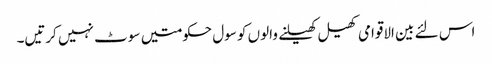
اس لئے بین الاقوامی کھیل کھیلنے والوں کو سول حکومتیں سوٹ نہیں کرتیں۔